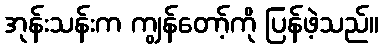
အုန်းသန်းက ကျွန်တော့်ကို ပြန်ဖဲ့သည်။